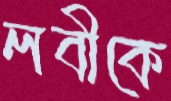
লবীকে